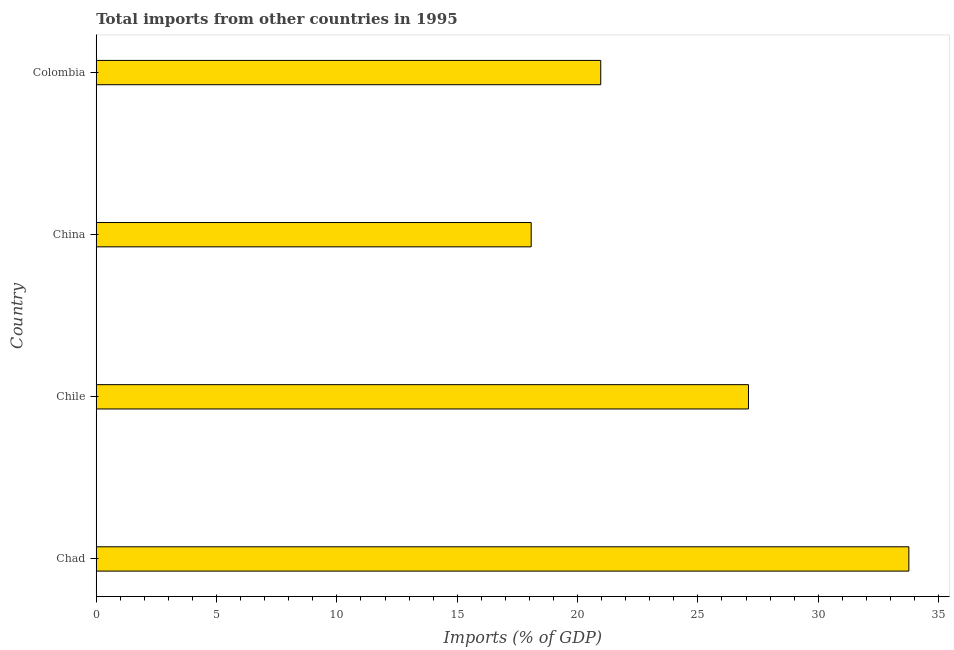
| Country | Imports |
 | --- | --- |
 | Chad | 33.8 |
 | Chile | 27.1 |
 | China | 18.1 |
 | Colombia | 21 |